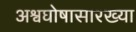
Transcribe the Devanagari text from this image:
अश्वघोषासारख्या